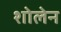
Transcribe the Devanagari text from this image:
शोलेन